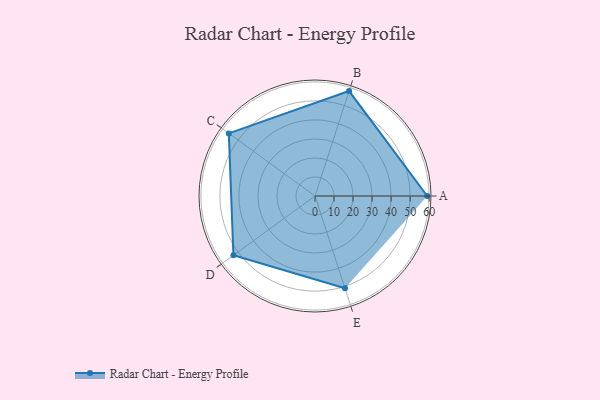
{"axis": {"x": "Skill", "y": "Score"}, "legend": ["Profile"], "data": [{"x": "A", "y": 59.0, "type": "Profile"}, {"x": "B", "y": 58.0, "type": "Profile"}, {"x": "C", "y": 56.0, "type": "Profile"}, {"x": "D", "y": 53.0, "type": "Profile"}, {"x": "E", "y": 51.0, "type": "Profile"}]}